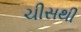
ચીસથી